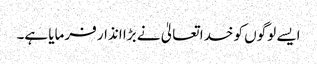
ایسے لوگوں کو خدا تعالیٰ نے بڑا انذار فرمایا ہے۔